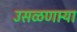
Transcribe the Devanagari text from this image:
उसळणार्‍या